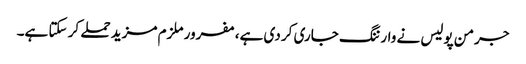
جرمن پولیس نے وارننگ جاری کر دی ہے، مفرور ملزم مزید حملے کر سکتا ہے۔